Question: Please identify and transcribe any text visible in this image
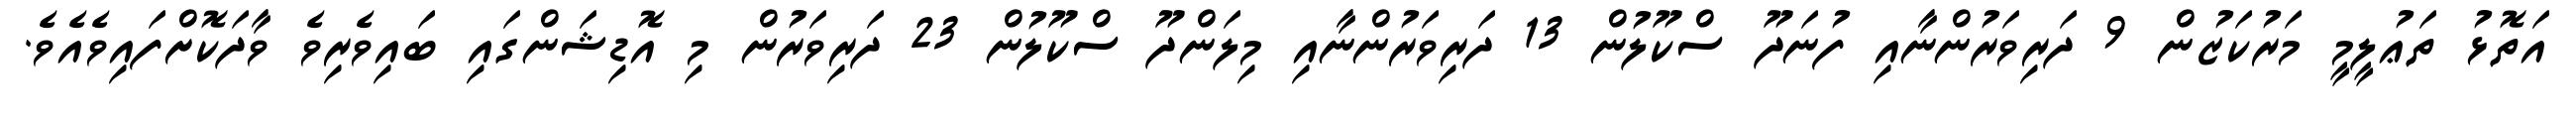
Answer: އަތޮޅު ތަޢުލީމީ މަރުކަޒުން 9 ދަރިވަރުންނާއި ފުނަދޫ ސްކޫލުން 13 ދަރިވަރުންނާއި މިލަންދޫ ސްކޫލުން 23 ދަރިވަރުން މި އޮޑިޝަންގައި ބައިވެރިވެ ވާދަކޮށްފައިވެއެވެ.